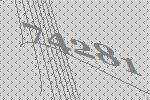
74281